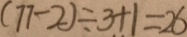
( 7 7 - 2 ) \div 3 + 1 = 2 6